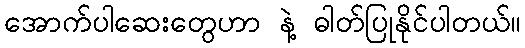
အောက်ပါဆေးတွေဟာ နဲ့ ဓါတ်ပြုနိုင်ပါတယ်။